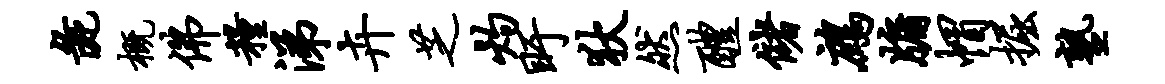
彘概佛粮涕卉芝灼盱狄然醴储鹧牖帽掘塾